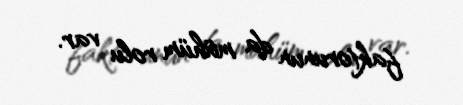
faktorunun da mühüm rolu var.